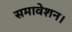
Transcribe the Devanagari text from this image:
समावेशन।